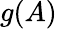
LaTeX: g(A)